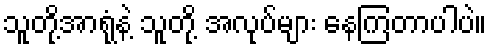
သူတို့အာရုံနဲ့ သူတို့ အလုပ်များ နေကြတာပါပဲ။